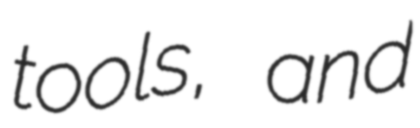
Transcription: tools, and